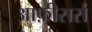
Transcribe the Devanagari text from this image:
आफ़ीसर्स